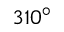
3 1 0 ^ { \circ }